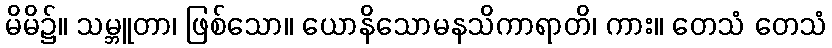
မိမိ၌။ သမ္ဘူတာ၊ ဖြစ်သော။ ယောနိသောမနသိကာရာတိ၊ ကား။ တေသံ တေသံ